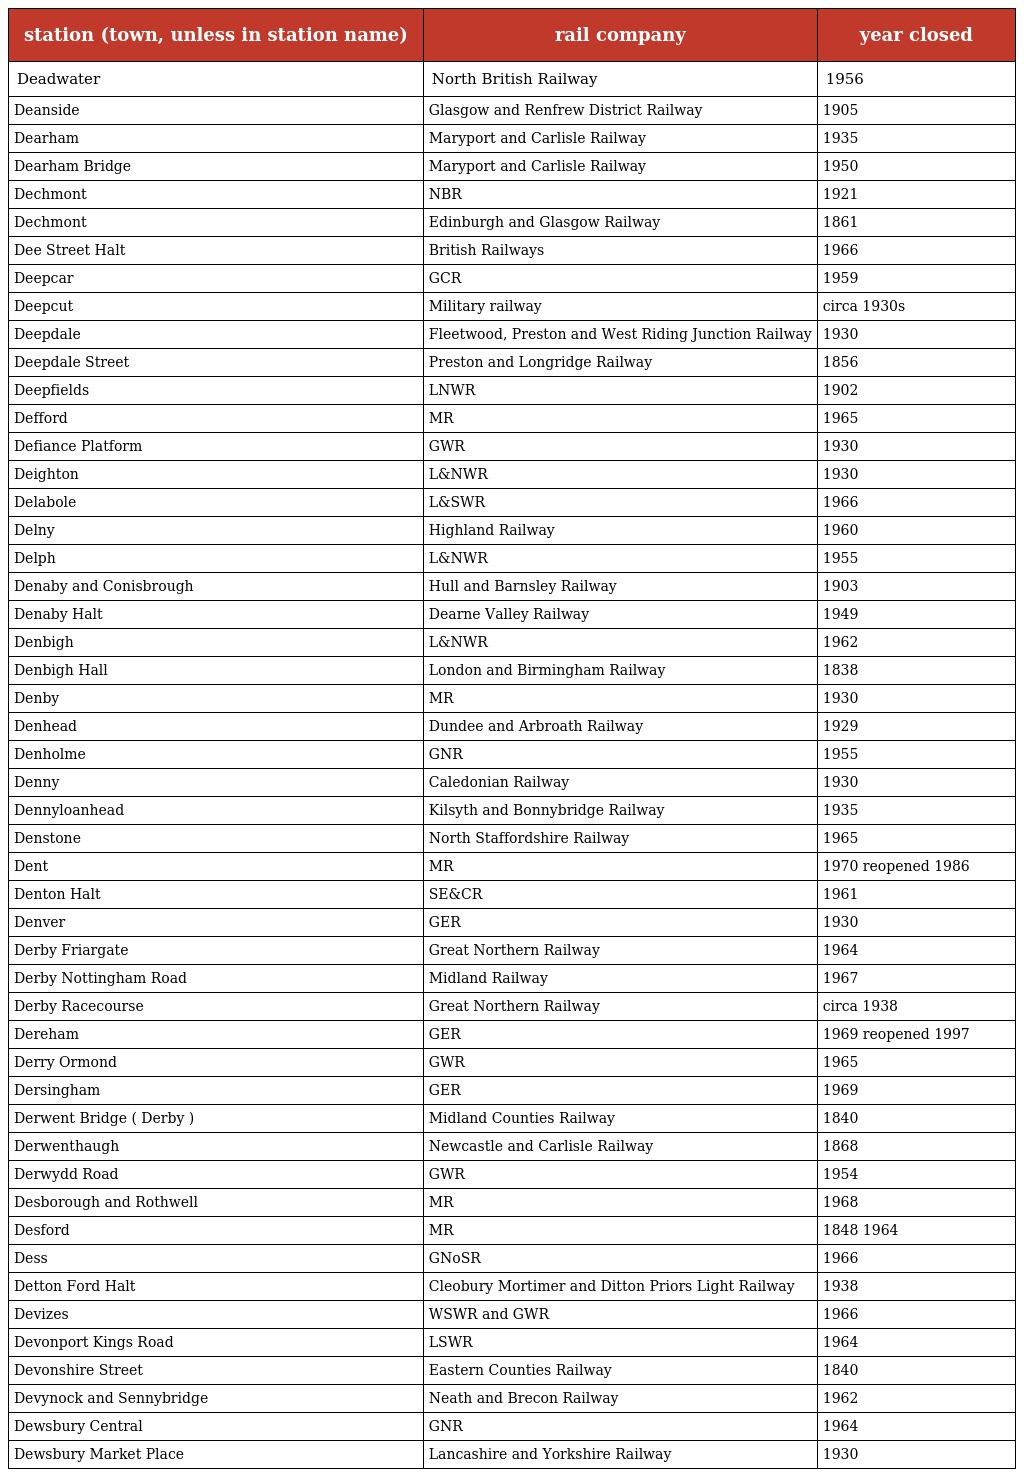
| station (town, unless in station name) | rail company | year closed |
 | --- | --- | --- |
 | Deadwater | North British Railway | 1956 |
 | Deanside | Glasgow and Renfrew District Railway | 1905 |
 | Dearham | Maryport and Carlisle Railway | 1935 |
 | Dearham Bridge | Maryport and Carlisle Railway | 1950 |
 | Dechmont | NBR | 1921 |
 | Dechmont | Edinburgh and Glasgow Railway | 1861 |
 | Dee Street Halt | British Railways | 1966 |
 | Deepcar | GCR | 1959 |
 | Deepcut | Military railway | circa 1930s |
 | Deepdale | Fleetwood, Preston and West Riding Junction Railway | 1930 |
 | Deepdale Street | Preston and Longridge Railway | 1856 |
 | Deepfields | LNWR | 1902 |
 | Defford | MR | 1965 |
 | Defiance Platform | GWR | 1930 |
 | Deighton | L&NWR | 1930 |
 | Delabole | L&SWR | 1966 |
 | Delny | Highland Railway | 1960 |
 | Delph | L&NWR | 1955 |
 | Denaby and Conisbrough | Hull and Barnsley Railway | 1903 |
 | Denaby Halt | Dearne Valley Railway | 1949 |
 | Denbigh | L&NWR | 1962 |
 | Denbigh Hall | London and Birmingham Railway | 1838 |
 | Denby | MR | 1930 |
 | Denhead | Dundee and Arbroath Railway | 1929 |
 | Denholme | GNR | 1955 |
 | Denny | Caledonian Railway | 1930 |
 | Dennyloanhead | Kilsyth and Bonnybridge Railway | 1935 |
 | Denstone | North Staffordshire Railway | 1965 |
 | Dent | MR | 1970 reopened 1986 |
 | Denton Halt | SE&CR | 1961 |
 | Denver | GER | 1930 |
 | Derby Friargate | Great Northern Railway | 1964 |
 | Derby Nottingham Road | Midland Railway | 1967 |
 | Derby Racecourse | Great Northern Railway | circa 1938 |
 | Dereham | GER | 1969 reopened 1997 |
 | Derry Ormond | GWR | 1965 |
 | Dersingham | GER | 1969 |
 | Derwent Bridge ( Derby ) | Midland Counties Railway | 1840 |
 | Derwenthaugh | Newcastle and Carlisle Railway | 1868 |
 | Derwydd Road | GWR | 1954 |
 | Desborough and Rothwell | MR | 1968 |
 | Desford | MR | 1848 1964 |
 | Dess | GNoSR | 1966 |
 | Detton Ford Halt | Cleobury Mortimer and Ditton Priors Light Railway | 1938 |
 | Devizes | WSWR and GWR | 1966 |
 | Devonport Kings Road | LSWR | 1964 |
 | Devonshire Street | Eastern Counties Railway | 1840 |
 | Devynock and Sennybridge | Neath and Brecon Railway | 1962 |
 | Dewsbury Central | GNR | 1964 |
 | Dewsbury Market Place | Lancashire and Yorkshire Railway | 1930 |